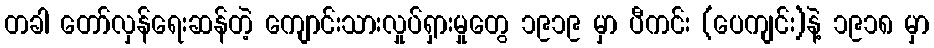
တခါ တော်လှန်ရေးဆန်တဲ့ ကျောင်းသားလှုပ်ရှားမှုတွေ ၁၉၁၉ မှာ ပီကင်း (ပေကျင်း)နဲ့ ၁၉၁၈ မှာ